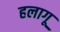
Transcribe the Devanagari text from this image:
हलागू